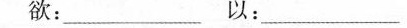
欲：___以：___